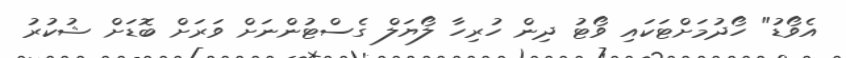
އެވޯޑު" ހޯދުމަށްޓަކައި ވޯޓު ދިން ހުރިހާ ލޯޔަލް ގެސްޓުންނަށް ވަރަށް ބޮޑަށް ޝުކުރު